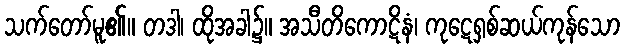
သက်တော်မူ၏။ တဒါ၊ ထိုအခါ၌။ အသီတိကောဋိနံ၊ ကုဋေရှစ်ဆယ်ကုန်သော